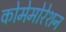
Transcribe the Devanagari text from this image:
कोमेमोरेशन